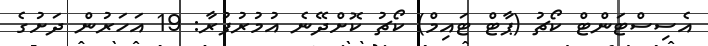
އެސިސްޓަންޓް ކޯޗު (ޕާޓް ޓައިމް) ކޯޗު ކޮށްދޭނެ އުމުރުފުރާ: 19 އަހަރުން ދަށުގެ